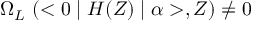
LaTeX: \Omega _ { L } ~ ( < 0 \mid H ( Z ) \mid \alpha > , Z ) \neq 0